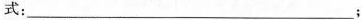
式：___；